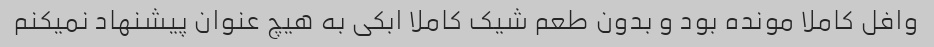
وافل کاملا مونده بود و بدون طعم شیک کاملا ابکی به هیچ عنوان پیشنهاد نمیکنم